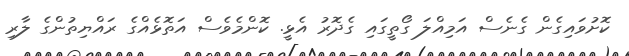
ކޮށުވައިގެން ގެނެސް އަމިއްލަ ގޯތީގައި ގެދޮރު އެޅީ. ކޮންމެވެސް އަތޮޅެއްގެ ރައްޔިތުންގެ ލާރި